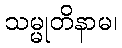
သမ္မုတိနာမ၊